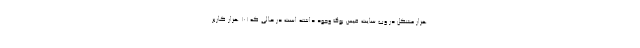
هزار مشکل در وب سایت فیس بوک وجود داشته است در حالی که ۱۰۱ هزار کاربر